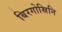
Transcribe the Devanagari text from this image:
बिरगोस्रिनि